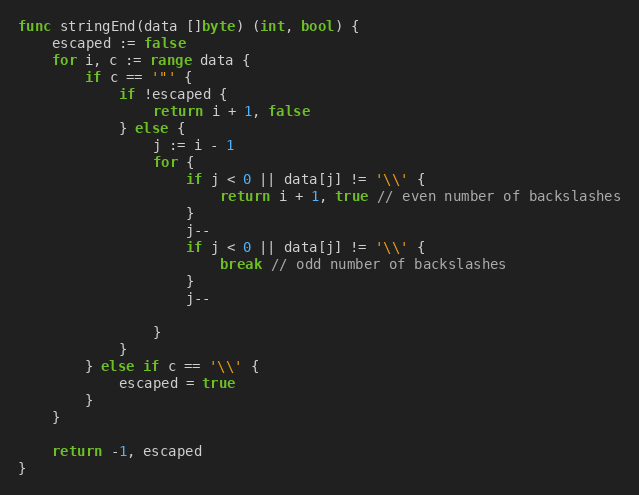
Language: Go
func stringEnd(data []byte) (int, bool) {
	escaped := false
	for i, c := range data {
		if c == '"' {
			if !escaped {
				return i + 1, false
			} else {
				j := i - 1
				for {
					if j < 0 || data[j] != '\\' {
						return i + 1, true // even number of backslashes
					}
					j--
					if j < 0 || data[j] != '\\' {
						break // odd number of backslashes
					}
					j--

				}
			}
		} else if c == '\\' {
			escaped = true
		}
	}

	return -1, escaped
}